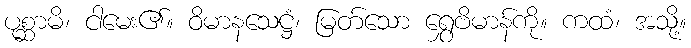
ပုစ္ဆာမိ၊ ငါမေး၏။ ဝိမာနသေဋ္ဌံ၊ မြတ်သော ရွှေဗိမာန်ကို။ ကထံ၊ အသို့။